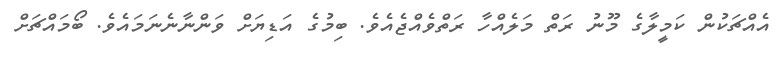
އެއްޗަކުން ކަމީލާގެ މޫނު ރަތް މަލެއްހާ ރަތްވެއްޖެއެވެ. ބިމުގެ އަޑިޔަށް ވަންނާނެނަމައެވެ. ބޯމައްޗަށް